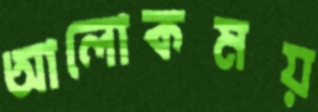
আলোকময়